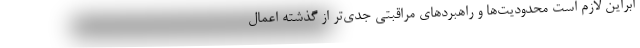
ابراین لازم است محدودیت‌ها و راهبردهای مراقبتی جدی‌تر از گذشته اعمال